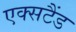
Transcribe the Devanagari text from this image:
एक्सटैंड